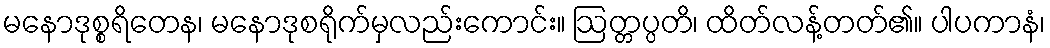
မနောဒုစ္စရိတေန၊ မနောဒုစရိုက်မှလည်းကောင်း။ ဩတ္တပ္ပတိ၊ ထိတ်လန့်တတ်၏။ ပါပကာနံ၊